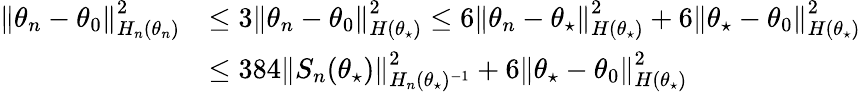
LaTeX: \begin{array}{rl}{\left\lVert\theta_{n}-\theta_{0}\right\rVert_{H_{n}(\theta_{n})}^{2}}&{\le 3\left\lVert\theta_{n}-\theta_{0}\right\rVert_{H(\theta_{\star})}^{2}\le 6\left\lVert\theta_{n}-\theta_{\star}\right\rVert_{H(\theta_{\star})}^{2}+6\left\lVert\theta_{\star}-\theta_{0}\right\rVert_{H(\theta_{\star})}^{2}}\\ &{\le 384\left\lVert S_{n}(\theta_{\star})\right\rVert_{H_{n}(\theta_{\star})^{-1}}^{2}+6\left\lVert\theta_{\star}-\theta_{0}\right\rVert_{H(\theta_{\star})}^{2}}\end{array}